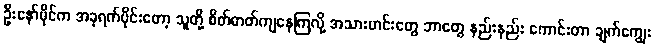
ဦးနော်မိုင်က အခုရက်ပိုင်းတော့ သူတို့ စိတ်ဓာတ်ကျနေကြလို့ အသားဟင်းတွေ ဘာတွေ နည်းနည်း ကောင်းတာ ချက်ကျွေး